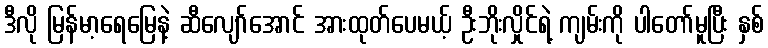
ဒီလို မြန်မာ့ရေမြေနဲ့ ဆီလျော်အောင် အားထုတ်ပေမယ့် ဦးဘိုးလှိုင်ရဲ့ ကျမ်းကို ပါတော်မူပြီး နှစ်